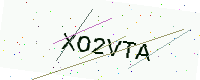
Text: XO2VTA